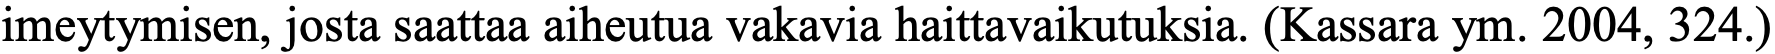
imeytymisen, josta saattaa aiheutua vakavia haittavaikutuksia. (Kassara ym. 2004, 324.)